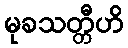
မုခသတ္တီဟိ